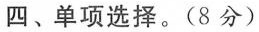
四、单项选择.(8 分)